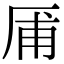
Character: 㕊